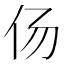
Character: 𱎟